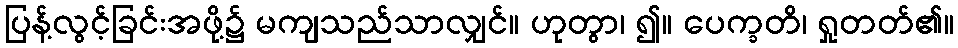
ပြန့်လွင့်ခြင်းအဖို့၌ မကျသည်သာလျှင်။ ဟုတွာ၊ ၍။ ပေက္ခတိ၊ ရှုတတ်၏။